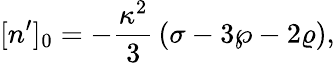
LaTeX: [n^{\prime}]_{0}=-{\frac{\kappa^{2}}{3}}\left(\sigma-3\wp-2\varrho\right),